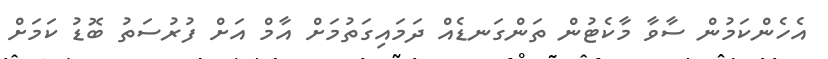
އެހެންކަމުން ސާވާ މާކެޓުން ތަންގަނޑެއް ދަމައިގަތުމަށް އާމް އަށް ފުރުސަތު ބޮޑު ކަމަށް